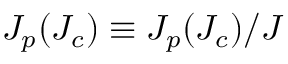
J _ { p } ( J _ { c } ) \equiv J _ { p } ( J _ { c } ) / J